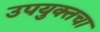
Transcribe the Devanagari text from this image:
उपयुक्तचा